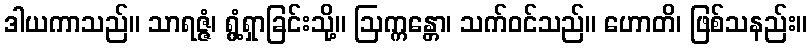
ဒါယကာသည်။ သာရဇ္ဇံ၊ ရွံ့ရှာခြင်းသို့။ ဩက္ကန္တော၊ သက်ဝင်သည်။ ဟောတိ၊ ဖြစ်သနည်း။